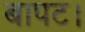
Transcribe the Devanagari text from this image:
बापट।